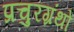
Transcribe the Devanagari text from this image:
प्रचुरग्रंथों